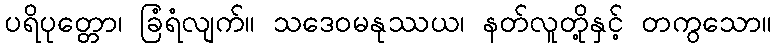
ပရိပုတ္တော၊ ခြံရံလျက်။ သဒေဝမနုဿယ၊ နတ်လူတို့နှင့် တကွသော။